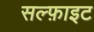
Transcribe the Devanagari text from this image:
सल्फ़ाइट